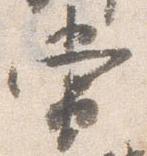
当